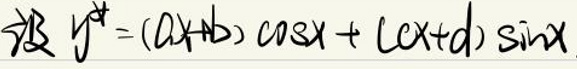
设 \( y ^ { * } = ( a x + b ) \cos x + ( c x + d ) \sin x \)